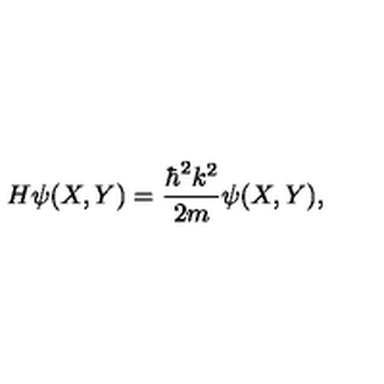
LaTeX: H \psi ( X , Y ) = \frac { \hbar ^ { 2 } k ^ { 2 } } { 2 m } \psi ( X , Y ) ,